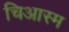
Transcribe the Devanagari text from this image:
चिआस्म